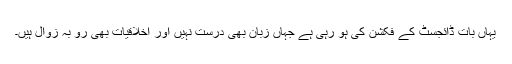
یہاں بات ڈائجسٹ کے فکشن کی ہو رہی ہے جہاں زبان بھی درست نہیں اور اخلاقیات بھی رو بہ زوال ہیں۔